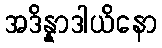
အဒိန္နာဒါယိနော